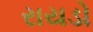
રાયડો